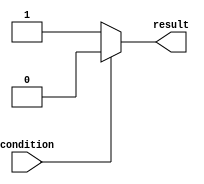
module if_else_statement (
    input wire condition,
    output reg result
);

always @(*) begin
    if (~condition) begin
        result <= 1'b1; // execute if condition is false
    end else begin
        result <= 1'b0; // execute if condition is true
    end
end

endmodule